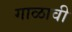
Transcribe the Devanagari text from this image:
गाळावी